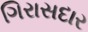
ગિરાસદાર